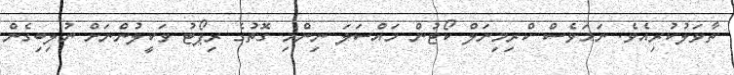
ތާވަލުކުރިއެވެ. ނަމަވެސް ކްރިމިނަލް ކޯޓުން މައްސަލަ ނިންމި ގޮތުގެ ރިޕޯޓު ވަކީލުންނަށް ނުލިބިގެން